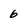
Character: 6